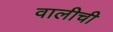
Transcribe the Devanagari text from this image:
वालीची